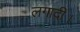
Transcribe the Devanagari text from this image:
लगादी।